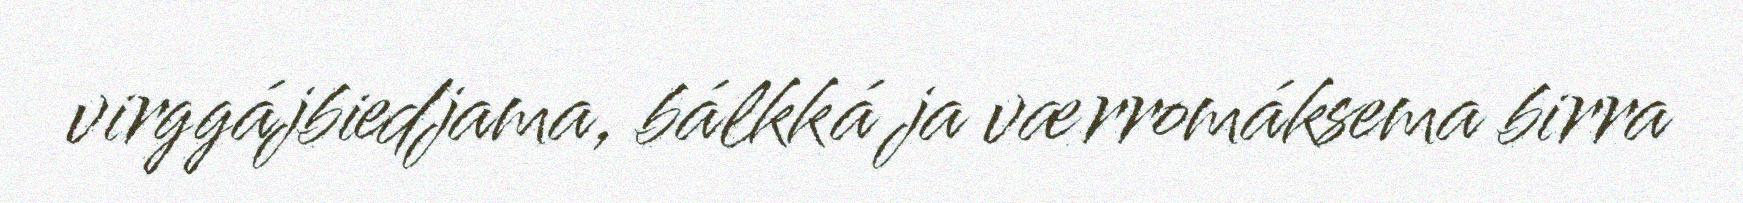
virggájbiedjama, bálkká ja værromáksema birra